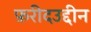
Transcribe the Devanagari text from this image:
फ़रीदउद्दीन